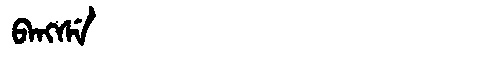
Manchu: ᠪᠠᠩᠰᡝ
Romanization: BANGSE